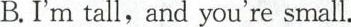
B.I'm tall,and you're small.